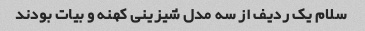
سلام یک ردیف از سه مدل شیزینی کهنه و بیات بودند